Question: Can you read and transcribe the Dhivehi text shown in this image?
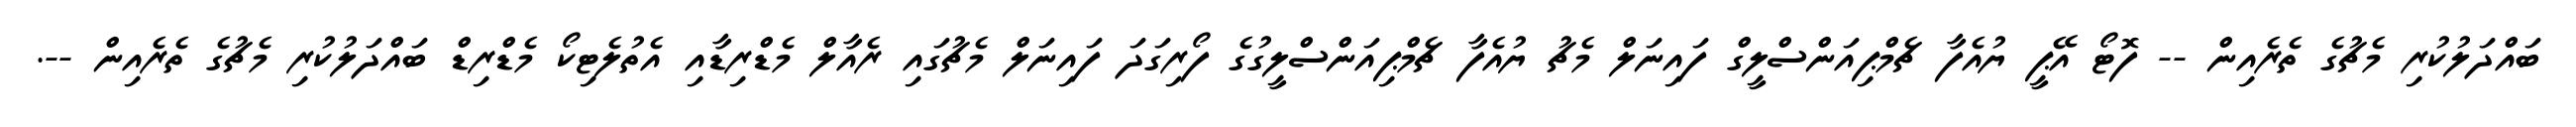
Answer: ބައްދަލުކުރި މެޗުގެ ތެރެއިން -- ފޮޓޯ އޭޕީ ޔުއެފާ ޗެމްޕިއަންސްލީގް ފައިނަލް މެޗު ޔުއެފާ ޗެމްޕިއަންސްލީގުގެ ފޯރިގަދަ ފައިނަލް މެޗުގައި ރެއާލް މެޑްރިޑާއި އެތުލެޓިކޯ މެޑްރިޑް ބައްދަލުކުރި މެޗުގެ ތެރެއިން --.